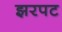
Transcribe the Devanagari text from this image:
झरपट